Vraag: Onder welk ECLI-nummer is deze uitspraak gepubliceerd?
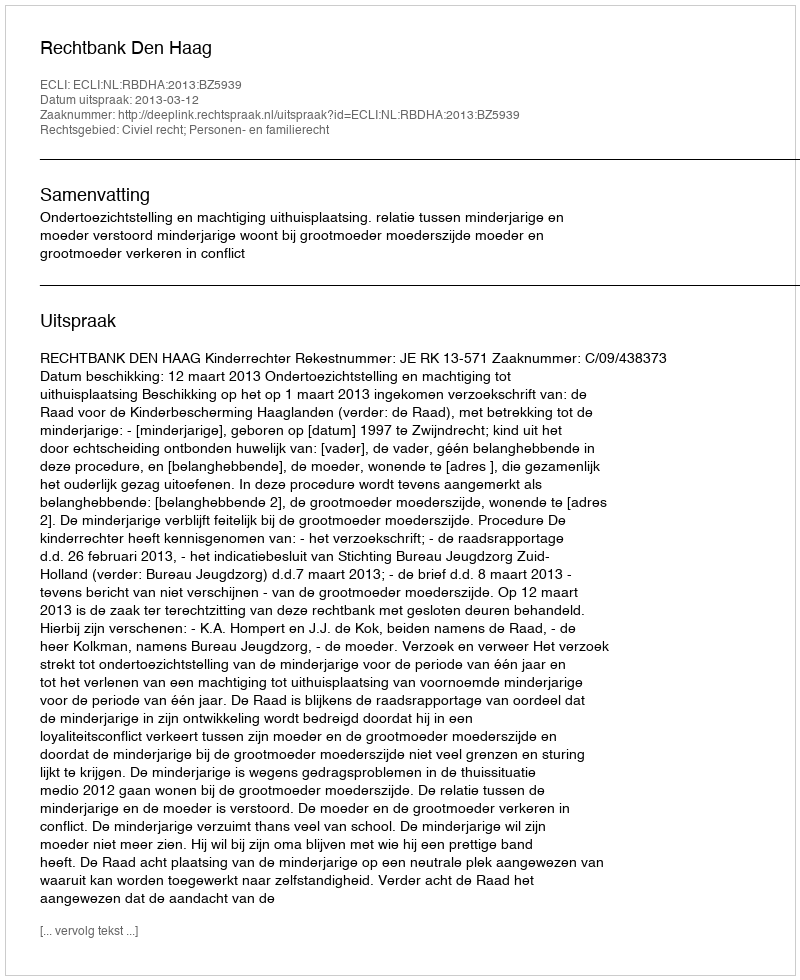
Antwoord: ECLI:NL:RBDHA:2013:BZ5939